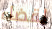
لقضاء